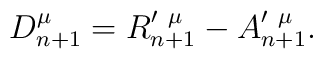
D_{n+1}^\mu =R_{n+1}^{\prime \ \mu }-A_{n+1}^{\prime \ \mu }.